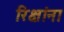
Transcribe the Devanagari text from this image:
रिक्षांना